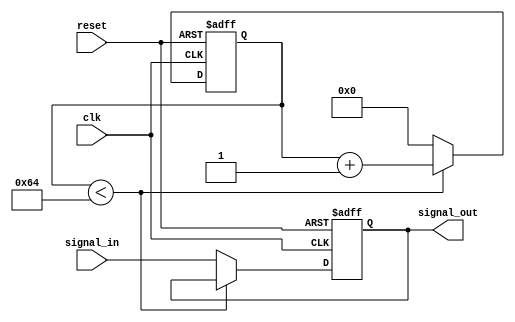
module timing_control_sync_block (
    input wire clk,
    input wire reset,
    input wire signal_in,
    output reg signal_out
);

reg [31:0] delay_count;

always @(posedge clk or posedge reset) begin
    if (reset) begin
        delay_count <= 0;
        signal_out <= 0;
    end else begin
        if (delay_count < 100) begin
            delay_count <= delay_count + 1;
        end else begin
            delay_count <= 0;
            signal_out <= signal_in;
        end
    end
end

endmodule